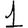
Digit: 1